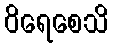
ဝိရေစေသိ